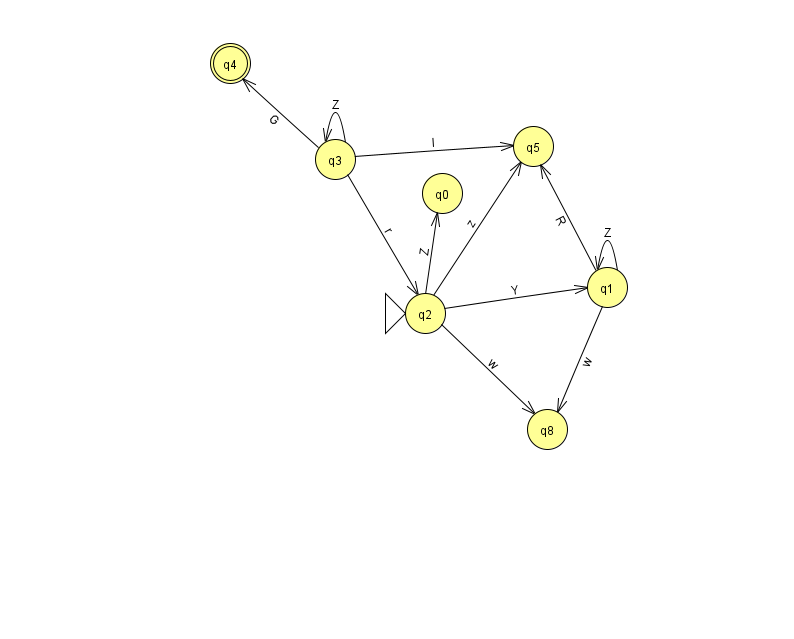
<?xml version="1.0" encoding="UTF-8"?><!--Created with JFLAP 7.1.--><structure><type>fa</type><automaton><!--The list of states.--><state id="0" name="q0"><x>442.0</x><y>180.0</y></state><state id="1" name="q1"><x>607.0</x><y>274.0</y></state><state id="2" name="q2"><x>425.0</x><y>300.0</y><initial/></state><state id="3" name="q3"><x>335.0</x><y>146.0</y></state><state id="4" name="q4"><x>230.0</x><y>50.0</y><final/></state><state id="5" name="q5"><x>533.0</x><y>133.0</y></state><state id="8" name="q8"><x>547.0</x><y>416.0</y></state><!--The list of transitions.--><transition><from>3</from><to>2</to><read>r</read></transition><transition><from>1</from><to>5</to><read>R</read></transition><transition><from>2</from><to>0</to><read>Z</read></transition><transition><from>1</from><to>8</to><read>w</read></transition><transition><from>2</from><to>5</to><read>z</read></transition><transition><from>3</from><to>4</to><read>G</read></transition><transition><from>1</from><to>1</to><read>Z</read></transition><transition><from>3</from><to>3</to><read>Z</read></transition><transition><from>3</from><to>5</to><read>I</read></transition><transition><from>2</from><to>1</to><read>Y</read></transition><transition><from>2</from><to>8</to><read>w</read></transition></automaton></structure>